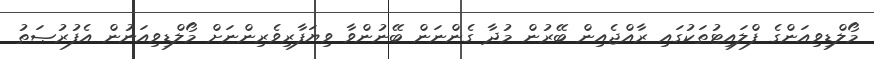
މޯލްޑިވިއަންގެ ފްލައިޓުތަކުގައި ރާއްޖެއިން ބޭރުން މުދާ ގެންނަން ބޭނުންވާ ވިޔަފާރިވެރިންނަށް މޯލްޑިވިއަނުން އެފުރުޞަތު